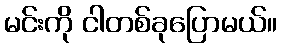
မင်းကို ငါတစ်ခုပြောမယ်။